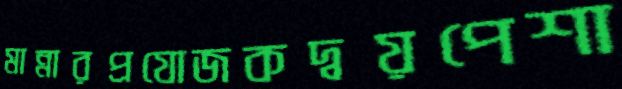
মান্নারপ্রযোজকদ্বয়পেশা